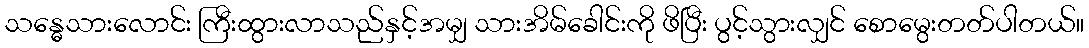
သန္ဓေသားလောင်း ကြီးထွားလာသည်နှင့်အမျှ သားအိမ်ခေါင်းကို ဖိပြီး ပွင့်သွားလျှင် စောမွေးတတ်ပါတယ်။